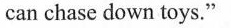
can chase down toys."